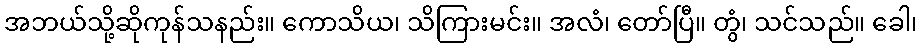
အဘယ်သို့ဆိုကုန်သနည်း။ ကောသိယ၊ သိကြားမင်း။ အလံ၊ တော်ပြီ။ တွံ၊ သင်သည်။ ခေါ၊